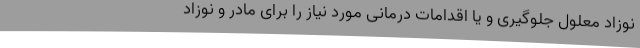
نوزاد معلول جلوگیری و یا اقدامات درمانی مورد نیاز را برای مادر و نوزاد